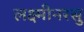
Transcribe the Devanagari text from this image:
लक्ष्मीनरसु